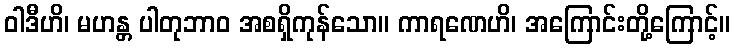
ဝါဒီဟိ၊ မဟန္တ ပါတုဘာဝ အစရှိကုန်သော။ ကာရဏေဟိ၊ အကြောင်းတို့ကြောင့်။